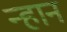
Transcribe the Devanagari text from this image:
न्हान